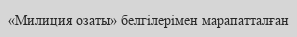
«Милиция озаты» белгілерімен марапатталған